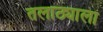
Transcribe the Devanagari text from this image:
तलाठ्याला